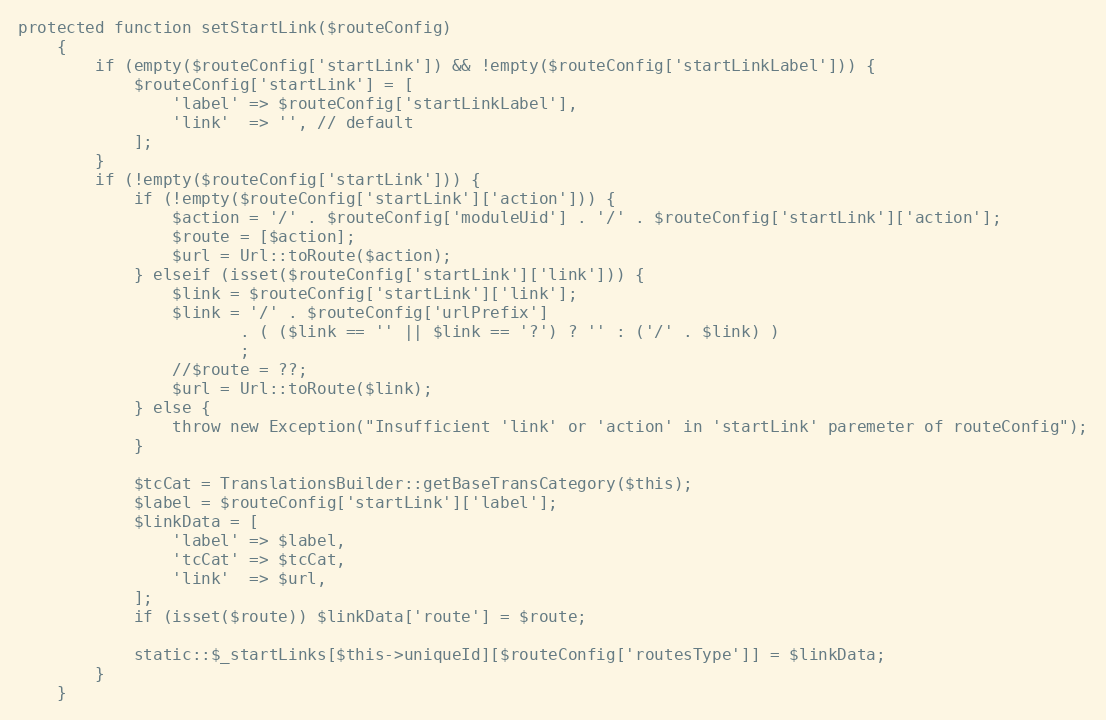
Language: PHP
protected function setStartLink($routeConfig)
    {
        if (empty($routeConfig['startLink']) && !empty($routeConfig['startLinkLabel'])) {
            $routeConfig['startLink'] = [
                'label' => $routeConfig['startLinkLabel'],
                'link'  => '', // default
            ];
        }
        if (!empty($routeConfig['startLink'])) {
            if (!empty($routeConfig['startLink']['action'])) {
                $action = '/' . $routeConfig['moduleUid'] . '/' . $routeConfig['startLink']['action'];
                $route = [$action];
                $url = Url::toRoute($action);
            } elseif (isset($routeConfig['startLink']['link'])) {
                $link = $routeConfig['startLink']['link'];
                $link = '/' . $routeConfig['urlPrefix']
                       . ( ($link == '' || $link == '?') ? '' : ('/' . $link) )
                       ;
                //$route = ??;
                $url = Url::toRoute($link);
            } else {
                throw new Exception("Insufficient 'link' or 'action' in 'startLink' paremeter of routeConfig");
            }

            $tcCat = TranslationsBuilder::getBaseTransCategory($this);
            $label = $routeConfig['startLink']['label'];
            $linkData = [
                'label' => $label,
                'tcCat' => $tcCat,
                'link'  => $url,
            ];
            if (isset($route)) $linkData['route'] = $route;

            static::$_startLinks[$this->uniqueId][$routeConfig['routesType']] = $linkData;
        }
    }